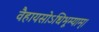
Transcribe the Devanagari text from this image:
वैहायसोऽधिभूम्याम्।